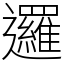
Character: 邏